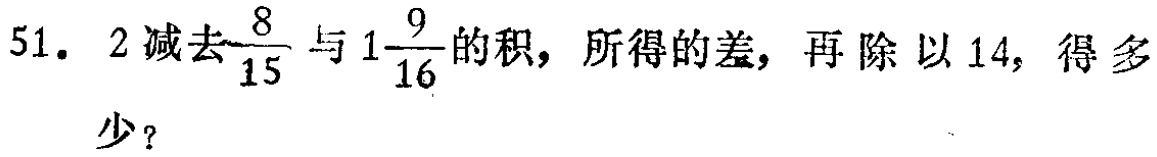
51. \(2\)减去\(\frac{8}{15}\)与\(1\frac{9}{16}\)的积，所得的差，再除以\(14\)，得多少？